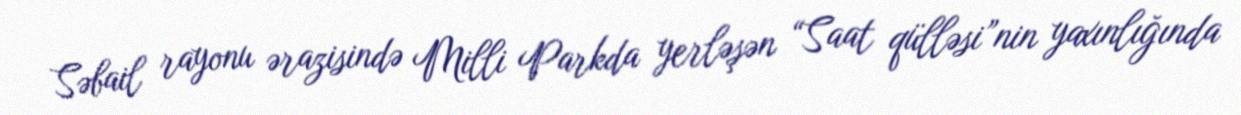
Səbail rayonu ərazisində Milli Parkda yerləşən “Saat qülləsi”nin yaxınlığında